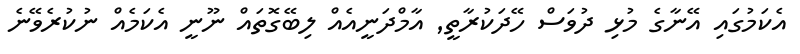
އެކަމުގައި އޭނާގެ މުޅި ދުވަސް ހޭދަކުރާތީ